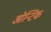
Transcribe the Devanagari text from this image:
ओन्टिक